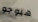
هيوجو